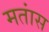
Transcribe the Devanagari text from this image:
मतांस